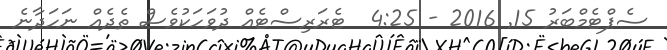
ސެޕްޓެމްބަރު 15